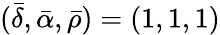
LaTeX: (\bar{\delta},\bar{\alpha},\bar{\rho})=(1,1,1)